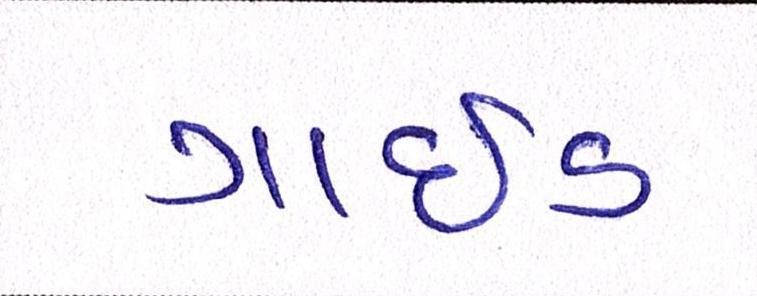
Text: ગાઇડ